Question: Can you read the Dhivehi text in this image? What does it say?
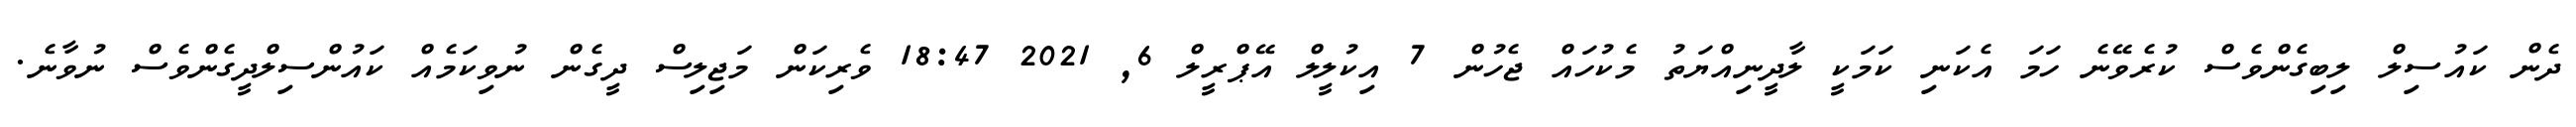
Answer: ދެން ކައުސިލް ލިބިގެންވެސް ކުރެވޭނެ ހަމަ އެކަނި ކަމަކީ ލާދީނިއްޔަތު މެކުހައް ޖެހުން 7 އިކުލީލް އޭޕްރީލް 6, 2021 18:47 ވެރިކަން މަޖިލިސް ދީގެން ނުވިކަމެއް ކައުންސިލްދީގެންވެސް ނުވާނެ.